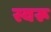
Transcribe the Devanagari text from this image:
स्वरू